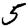
Digit: 5